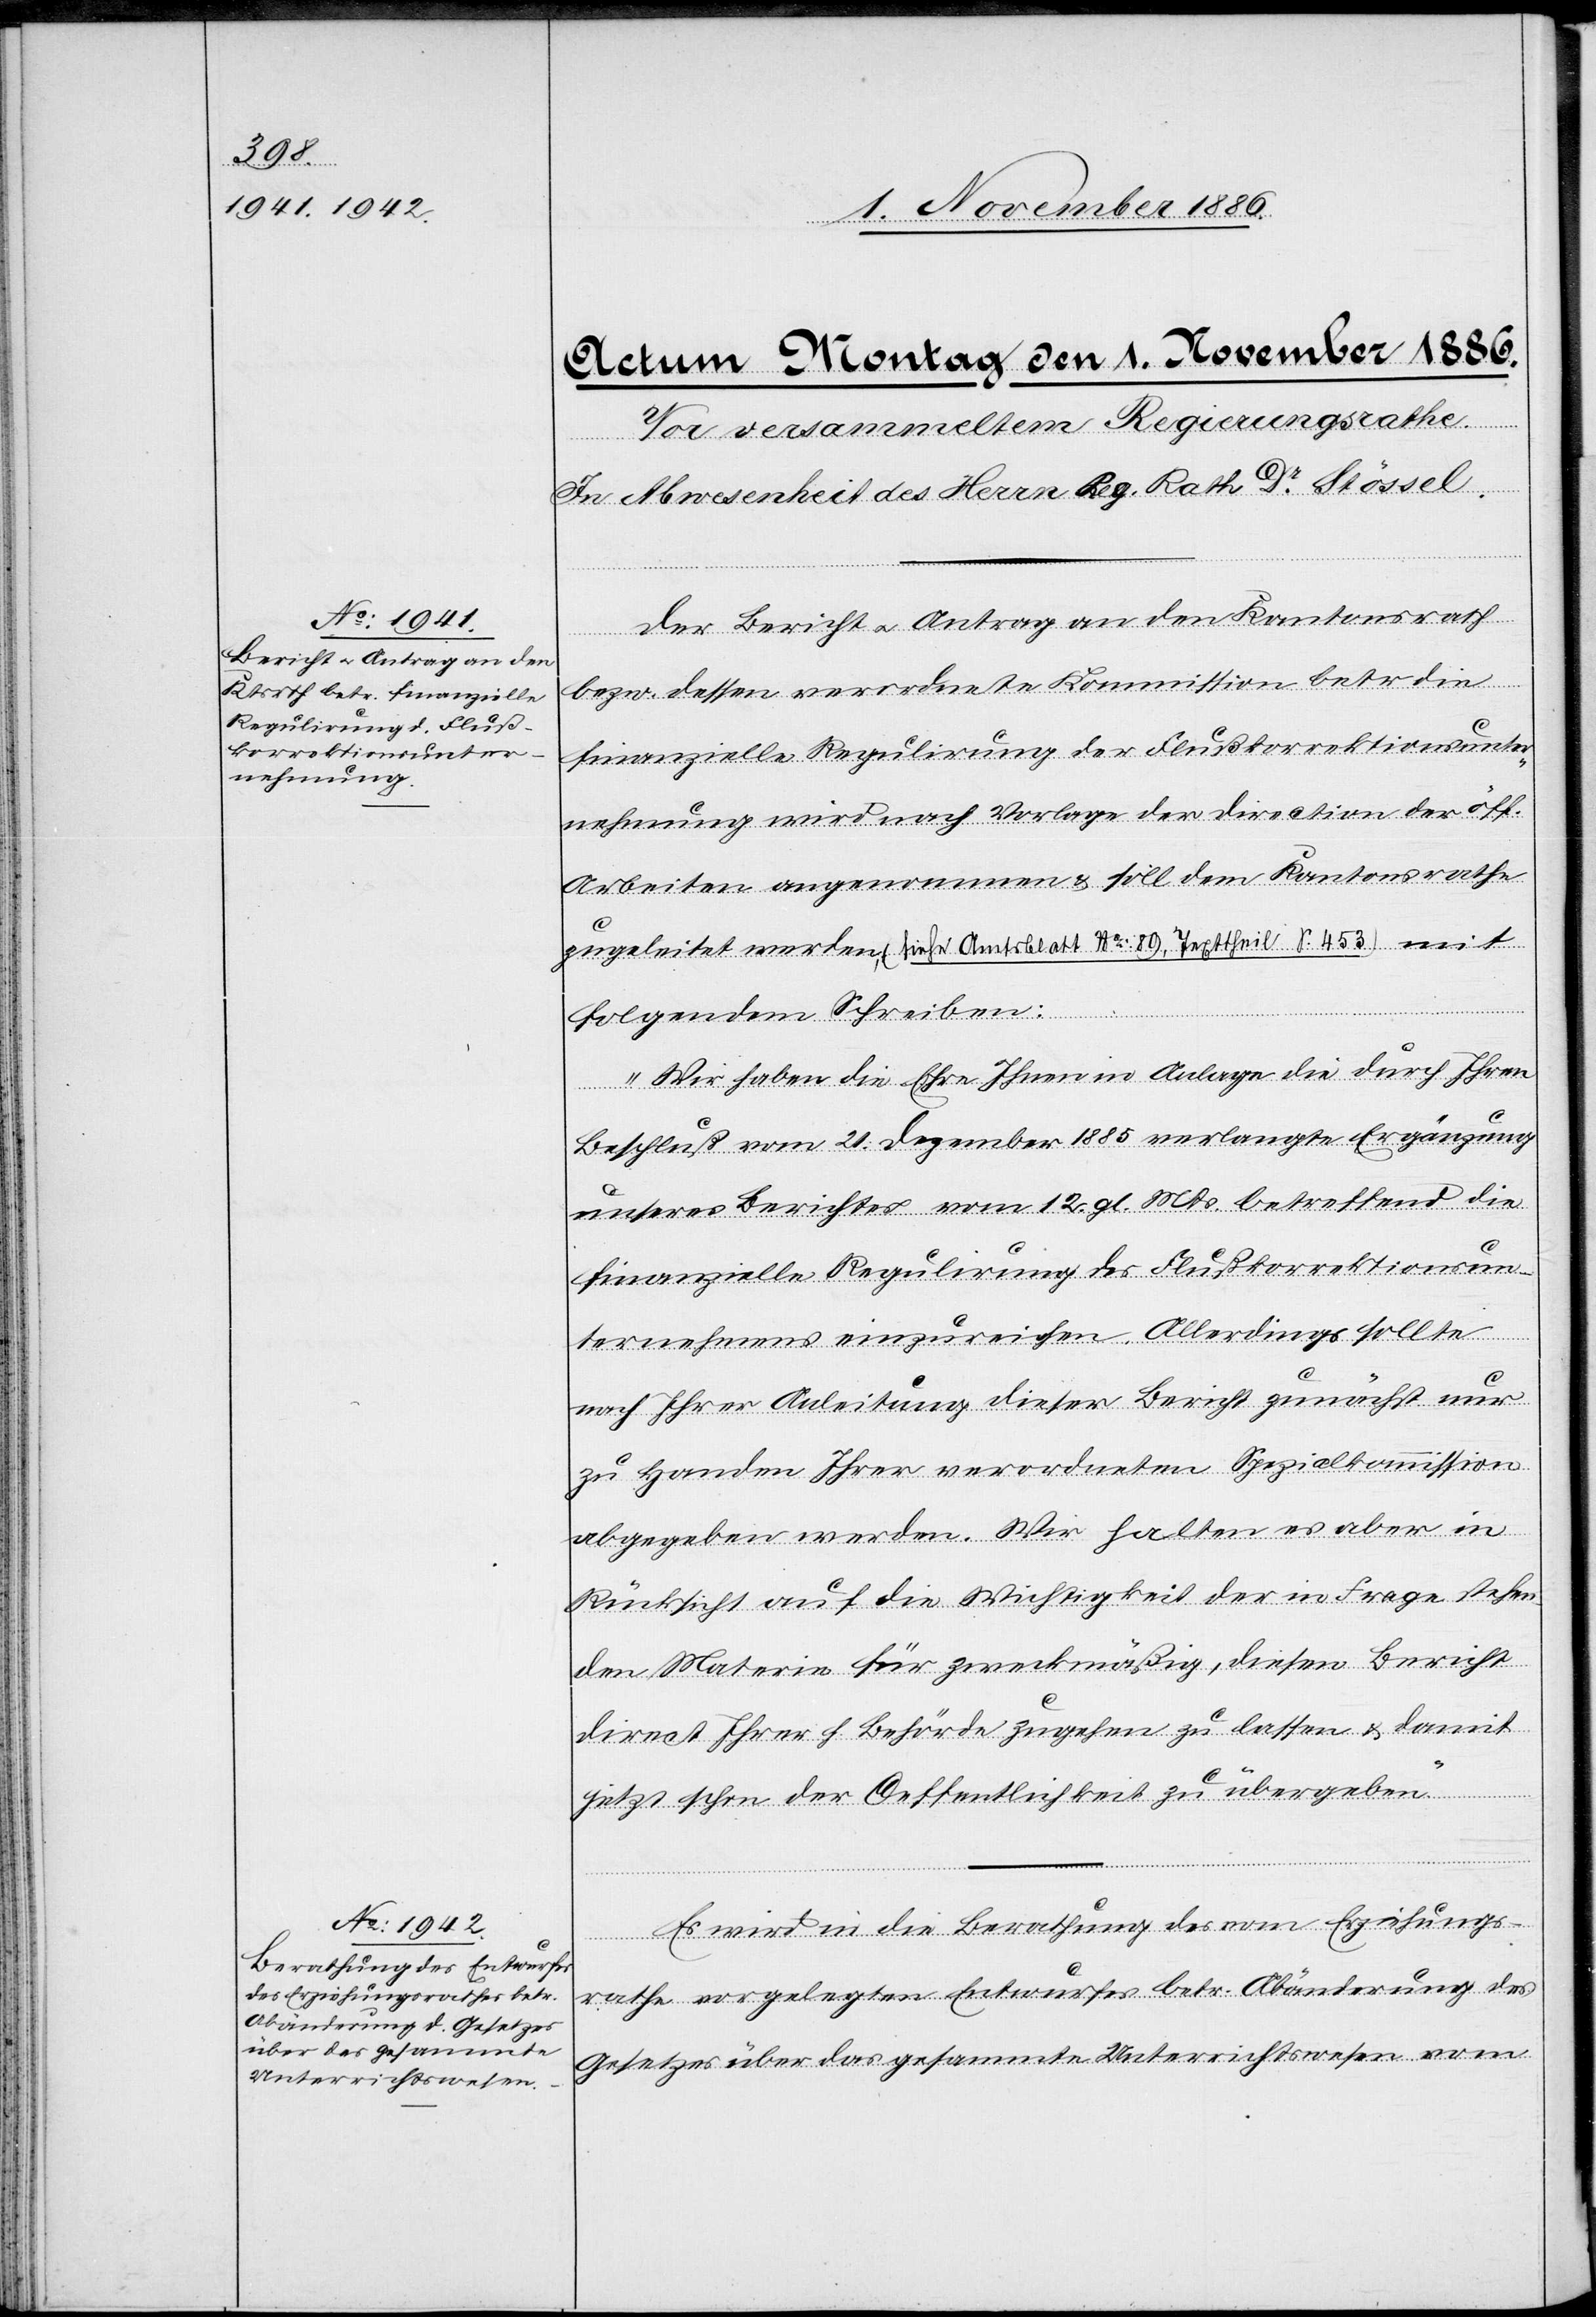
Der Bericht & Antrag an den Kantonsrath
bezw. dessen verordnete Kommission betr. die
finanzielle Regulirung der Flußkorrektionsunter¬
nehmung wird nach Vorlage der Direction der öff.
Arbeiten angenommen & soll dem Kantonsrathe
zugeleitet werden, (siehe Amtsblatt No: 89, Texttheil S. 453) mit
folgendem Schreiben:
„Wir haben die Ehre Ihnen in Anlage die durch Ihren
Beschluß vom 21. Dezember 1885 verlangte Ergänzung
unseres Berichtes vom 12. gl. Mts. betreffend die
finanzielle Regulirung des Flußkorrektionsun¬
ternehmens einzureichen. Allerdings sollte
nach Ihrer Anleitung dieser Bericht zunächst nur
zu Handen Ihrer verordneten Spezialkommission
abgegeben werden. Wir halten es aber in
Rücksicht auf die Wichtigkeit der in Frage stehen¬
den Materie für zweckmäßig, diesen Bericht
direct Ihrer h. Behörde zugehen zu lassen & damit
jetzt schon der Oeffentlichkeit zu übergeben.“
Es wird in die Berathung des vom Erziehungs¬
rathe vorgelegten Entwurfes betr. Abänderung des
Gesetzes über das gesammte Unterrichtswesen vom